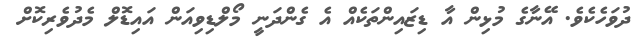
ދުވަހެކެވެ. އޭނާގެ މުޅިން އާ ޑިޒައިންތަކެއް އެ ގެންދަނީ މޯލްޑިވިއަން އައިޑޮލް މެދުވެރިކޮށް